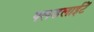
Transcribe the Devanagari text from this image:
फ्लडलाईटें